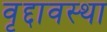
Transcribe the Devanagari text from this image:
वृद्दावस्था